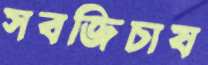
সবজিচাষ